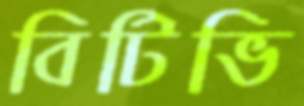
বিটিভি